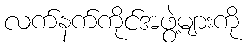
လက်နက်ကိုင်အဖွဲ့များကို